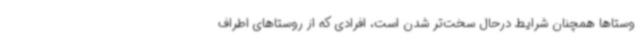
وستاها همچنان شرایط درحال سخت‌تر شدن است، افرادی که از روستاهای اطراف